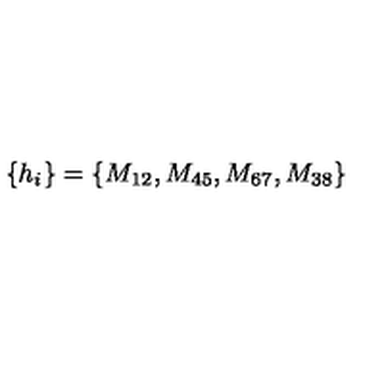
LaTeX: \left\{ h _ { i } \right\} = \left\{ M _ { 1 2 } , M _ { 4 5 } , M _ { 6 7 } , M _ { 3 8 } \right\}